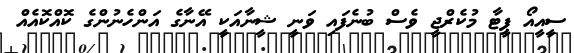
ސީއީއޯ ޕީޓާ މުކެރްޖީ ވެސް ބުނެފައި ވަނީ ޝީނާއަކީ އޭނާގެ އަންހެނުންގެ ކޮއްކޮއެއް